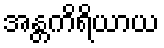
အန္တကိရိယာယ